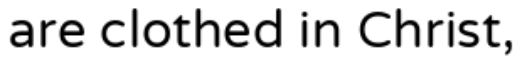
are clothed in Christ,